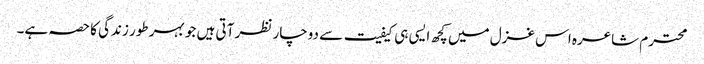
محترم شاعرہ اس غزل میں کچھ ایسی ہی کیفیت سے دوچار نظر آتی ہیں جو بہر طور زندگی کا حصہ ہے۔